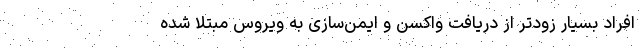
افراد بسیار زودتر از دریافت واکسن و ایمن‌سازی به ویروس مبتلا شده